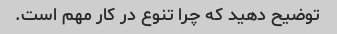
توضیح دهید که چرا تنوع در کار مهم است.